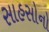
સાહસોનો